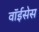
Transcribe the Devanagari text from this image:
वॉईसेस